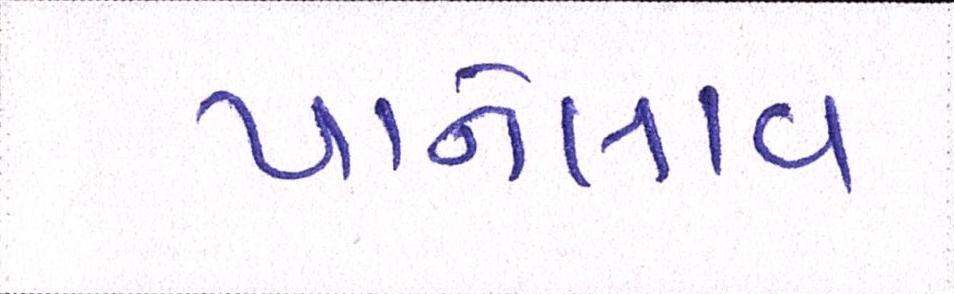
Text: પાનેલાવ